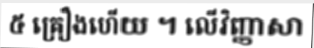
៥ គ្រឿងហើយ ។ លើវិញ្ញាសា